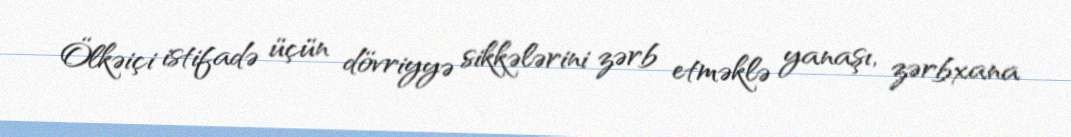
Ölkəiçi istifadə üçün dövriyyə sikkələrini zərb etməklə yanaşı, zərbxana